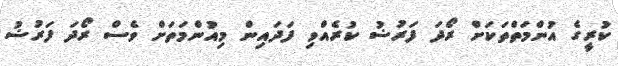
ކުރީގެ އުންމަތްތަކަށް ރޯދަ ފަރުޟު ކުރެއްވި ފަދައިން މިއުންމަތަށް ވެސް ރޯދަ ފަރުޟު